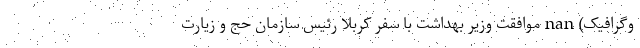
وگرافیک) nan موافقت وزیر بهداشت با سفر کربلا رئیس سازمان حج و زیارت